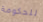
للحكومة